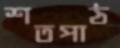
শতপাঠ